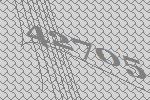
42705